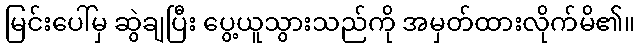
မြင်းပေါ်မှ ဆွဲချပြီး ပွေ့ယူသွားသည်ကို အမှတ်ထားလိုက်မိ၏။